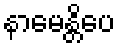
နာမေန္တိပေ